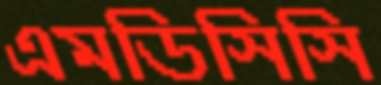
এমডিসিসি